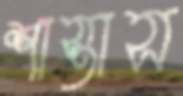
শাস্তাস